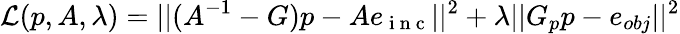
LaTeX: \mathcal{L}(p,A,\lambda)=||(A^{-1}-G)p-Ae_{\mathrm{~i~n~c~}}||^{2}+\lambda||G_{p}p-e_{obj}||^{2}